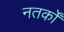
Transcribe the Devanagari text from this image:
नतर्कों